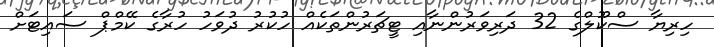
ހިރިޔާ ސްކޫލްގެ 32 ދަރިވަރުންނާއި ޓީޗަރުންތަކެއް ހުކުރު ދުވަހު ހުރާގެ ކޭމްޕް ސައިޓަށް